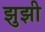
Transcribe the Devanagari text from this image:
झुझी